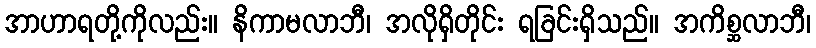
အာဟာရတို့ကိုလည်း။ နိကာမလာဘီ၊ အလိုရှိတိုင်း ရခြင်းရှိသည်။ အကိစ္ဆလာဘီ၊